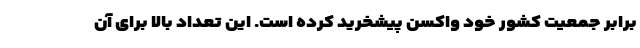
برابر جمعیت کشور خود واکسن پیشخرید کرده است. این تعداد بالا برای آن